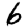
Digit: 6